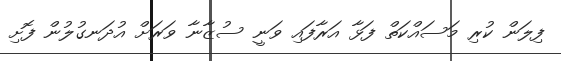
ފިލަން ކުރި މަސައްކަތް ފަޅާ އަރާފައި ވަނީ ސުޒާނާ ވަރަށް އުދަނގުލުން ފޮށި